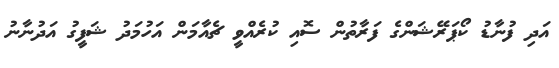
އަދި ފުނާޑު ކޯޕަރޭޝަންގެ ފަރާތުން ސޮއި ކުރެއްވީ ޗެއާމަން އަހުމަދު ޝަފީގު އަދުނާނު